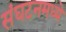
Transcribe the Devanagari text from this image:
संघटनमध्ये